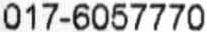
017-6057770